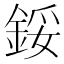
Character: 鋖